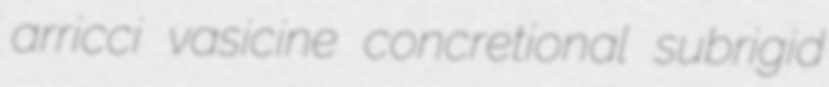
arricci vasicine concretional subrigid